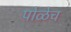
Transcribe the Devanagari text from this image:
पोळेच